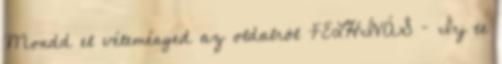
Mondd el véleményed az oldalról FELHÍVÁS – Írj te